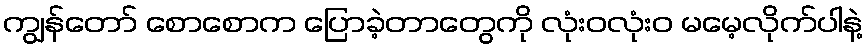
ကျွန်တော် စောစောက ပြောခဲ့တာတွေကို လုံးဝလုံးဝ မမေ့လိုက်ပါနဲ့